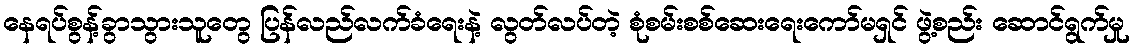
နေရပ်စွန့်ခွာသွားသူတွေ ပြန်လည်လက်ခံရေးနဲ့ လွတ်လပ်တဲ့ စုံစမ်းစစ်ဆေးရေးကော်မရှင် ဖွဲ့စည်း ဆောင်ရွက်မှု